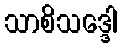
သာစိသဒ္ဒေါ